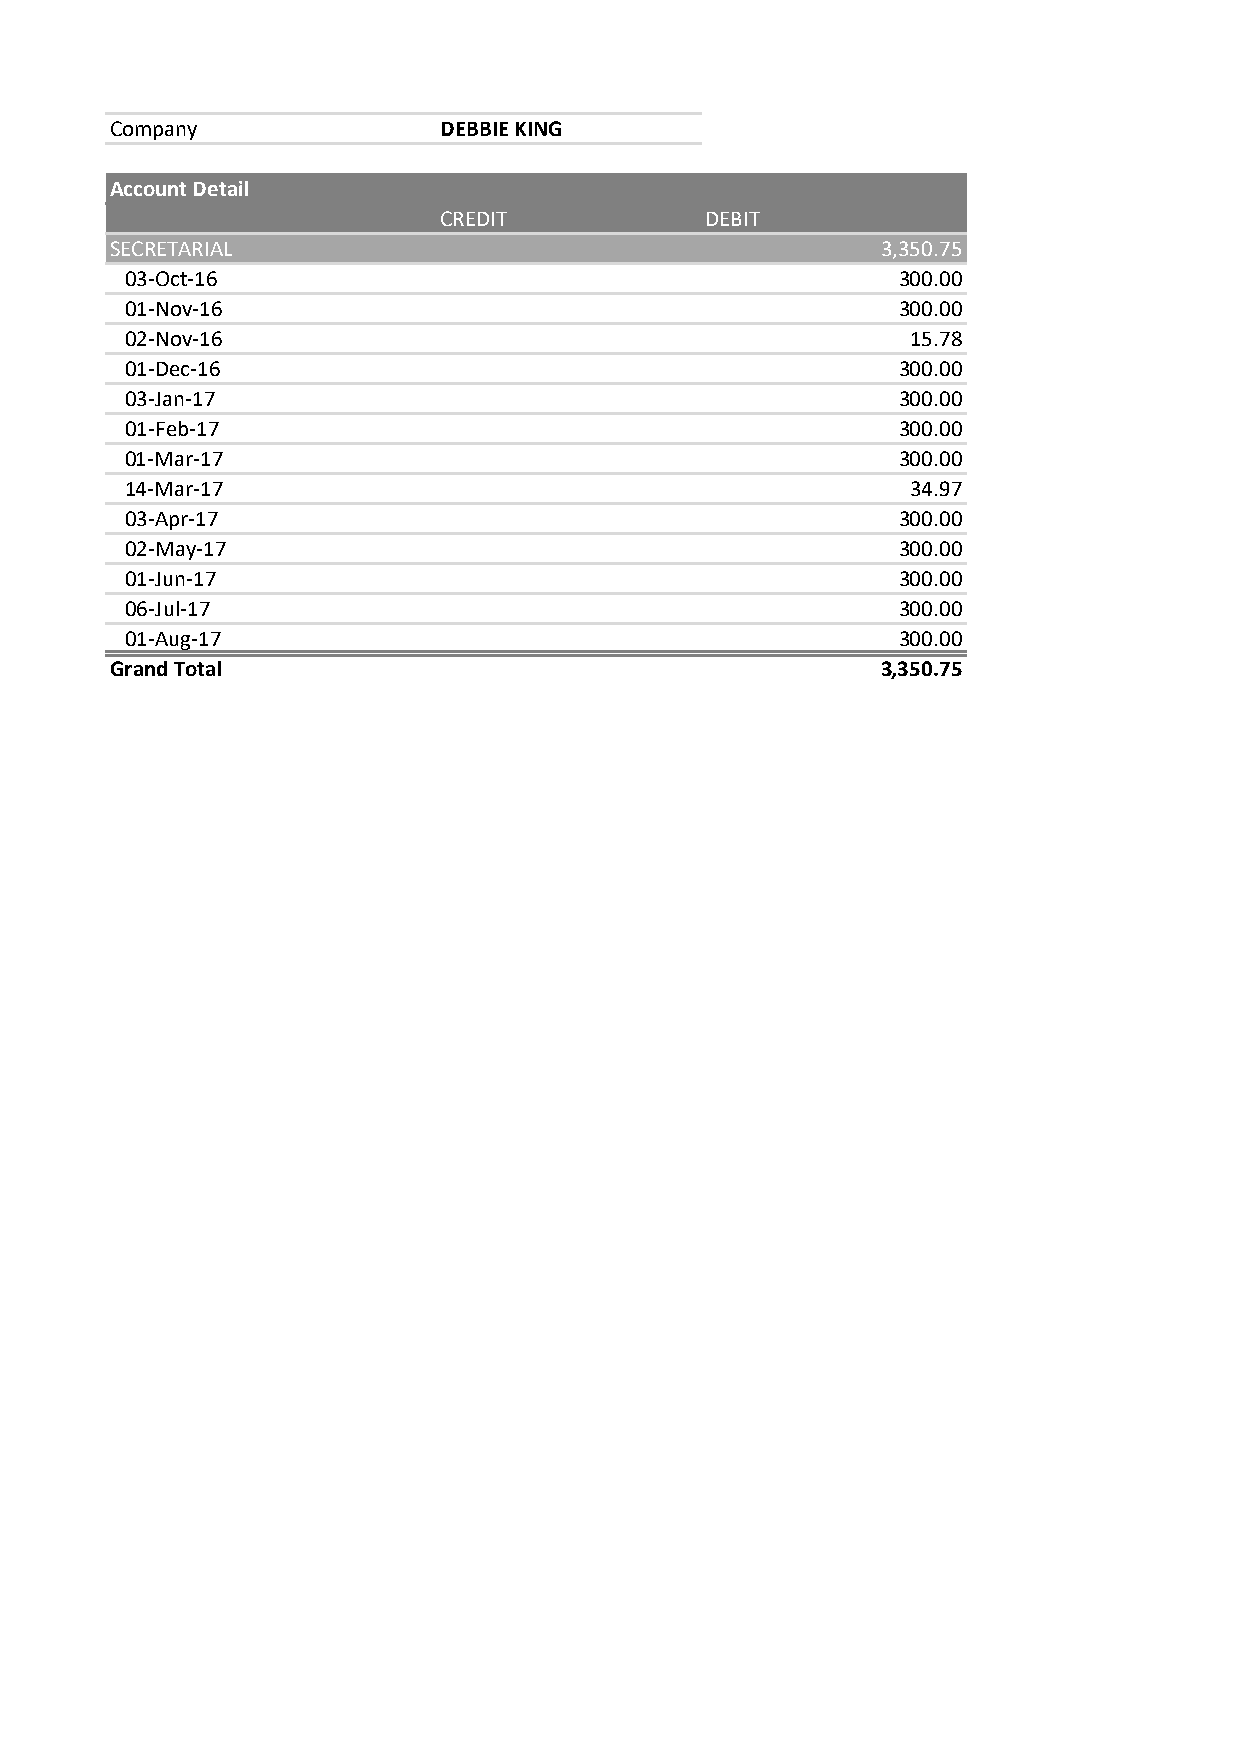
Company               DEBBIE KING
 Account Detail
 CREDIT            DEBIT
 SECRETARIAL                                        3,350.75
 03-Oct-16                                          300.00
 01-Nov-16                                          300.00
 02-Nov-16                                           15.78
 01-Dec-16                                          300.00
 03-Jan-17                                          300.00
 01-Feb-17                                          300.00
 01-Mar-17                                          300.00
 14-Mar-17                                           34.97
 03-Apr-17                                          300.00
 02-May-17                                          300.00
 01-Jun-17                                          300.00
 06-Jul-17                                          300.00
 01-Aug-17                                          300.00
 Grand Total                                        3,350.75